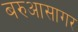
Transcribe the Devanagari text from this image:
बरुआसागर